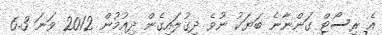
އެ ރިސޯޓް ގަންނާނެ ބަޔަކު ނުވެ ދިގުލައިގެން ދިއުމުން 2012 ވަނަ 6.3